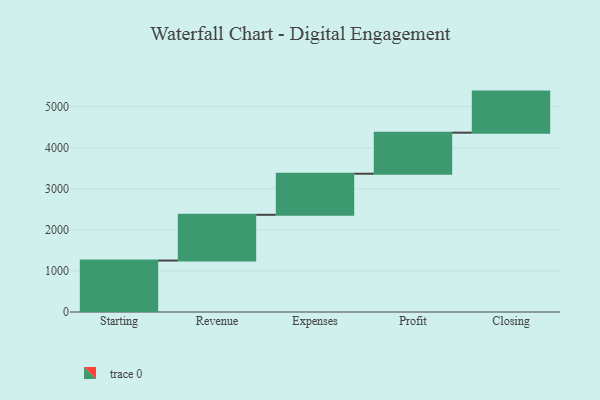
{"axis": {"x": "Step", "y": "Value"}, "legend": [""], "data": [{"x": "Starting", "y": 1253.0, "type": ""}, {"x": "Revenue", "y": 1114.0, "type": ""}, {"x": "Expenses", "y": 1000, "type": ""}, {"x": "Profit", "y": 1000, "type": ""}, {"x": "Closing", "y": 1000, "type": ""}]}